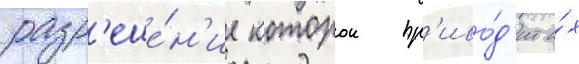
разр'еше́н'ие которои пр'иво́д'ит и́х